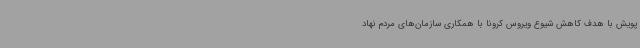
پویش با هدف کاهش شیوع ویروس کرونا با همکاری سازمان‌های مردم نهاد